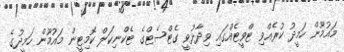
މައުމޫން ހަމީދު ކުރެއްވި ޓްވީޓެއްގައި ވިދާޅުވީ ގެޓްސެޓްގެ ޓެކްނިކަލް ކޮމިޓީން މައުމޫން ހަމީދުގެ